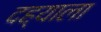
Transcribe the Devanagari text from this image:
दह्याला